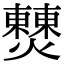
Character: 𤒖